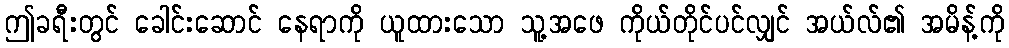
ဤခရီးတွင် ခေါင်းဆောင် နေရာကို ယူထားသော သူ့အဖေ ကိုယ်တိုင်ပင်လျှင် အယ်လ်၏ အမိန့်ကို